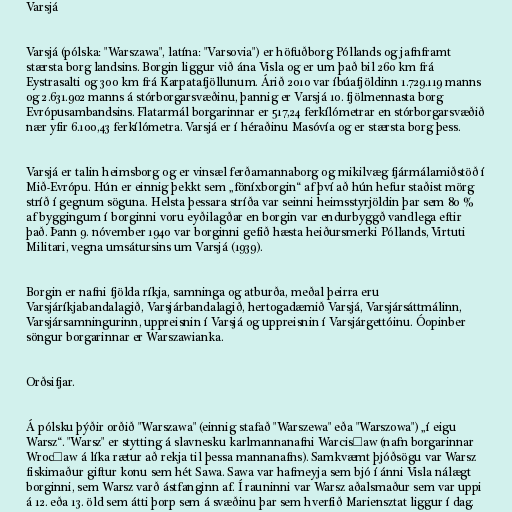
Varsjá

Varsjá (pólska: "Warszawa", latína: "Varsovia") er höfuðborg Póllands og jafnframt
stærsta borg landsins. Borgin liggur við ána Visla og er um það bil 260 km frá
Eystrasalti og 300 km frá Karpatafjöllunum. Árið 2010 var íbúafjöldinn 1.729.119 manns
og 2.631.902 manns á stórborgarsvæðinu, þannig er Varsjá 10. fjölmennasta borg
Evrópusambandsins. Flatarmál borgarinnar er 517,24 ferkílómetrar en stórborgarsvæðið
nær yfir 6.100,43 ferkílómetra. Varsjá er í héraðinu Masóvía og er stærsta borg þess.

Varsjá er talin heimsborg og er vinsæl ferðamannaborg og mikilvæg fjármálamiðstöð í
Mið-Evrópu. Hún er einnig þekkt sem „föníxborgin“ af því að hún hefur staðist mörg
stríð í gegnum söguna. Helsta þessara stríða var seinni heimsstyrjöldin þar sem 80 %
af byggingum í borginni voru eyðilagðar en borgin var endurbyggð vandlega eftir
það. Þann 9. nóvember 1940 var borginni gefið hæsta heiðursmerki Póllands, Virtuti
Militari, vegna umsátursins um Varsjá (1939).

Borgin er nafni fjölda ríkja, samninga og atburða, meðal þeirra eru
Varsjáríkjabandalagið, Varsjárbandalagið, hertogadæmið Varsjá, Varsjársáttmálinn,
Varsjársamningurinn, uppreisnin í Varsjá og uppreisnin í Varsjárgettóinu. Óopinber
söngur borgarinnar er Warszawianka.

Orðsifjar.

Á pólsku þýðir orðið "Warszawa" (einnig stafað "Warszewa" eða "Warszowa") „í eigu
Warsz“. "Warsz" er stytting á slavnesku karlmannanafni Warcisław (nafn borgarinnar
Wrocław á líka rætur að rekja til þessa mannanafns). Samkvæmt þjóðsögu var Warsz
fiskimaður giftur konu sem hét Sawa. Sawa var hafmeyja sem bjó í ánni Visla nálægt
borginni, sem Warsz varð ástfanginn af. Í rauninni var Warsz aðalsmaður sem var uppi
á 12. eða 13. öld sem átti þorp sem á svæðinu þar sem hverfið Mariensztat liggur í dag.